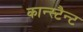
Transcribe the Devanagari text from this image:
कान्स्टैन्ट